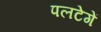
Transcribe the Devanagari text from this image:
पलटेगें